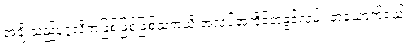
အချို့သည်ပုဂ္ဂလိကဖြစ်ဖြစ်ဖြစ်သကဲ့သို့ အလုပ်အကိုင်အခွင့်လမ်း တယောက်ရယ်